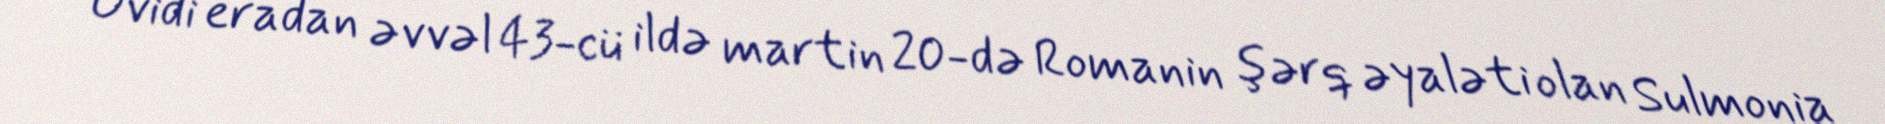
Ovidi eradan əvvəl 43-cü ildə martin 20-də Romanin şərq əyaləti olan Sulmonia